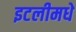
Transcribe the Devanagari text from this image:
इटलीमधे